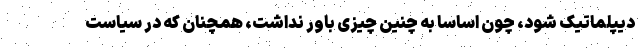
دیپلماتیک شود، چون اساساً به چنین چیزی باور نداشت، همچنان که در سیاست